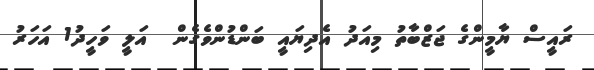
ރައީސް ޔާމީންގެ ޖަޒްބާތު މިއަދު އެދިޔައީ ބަންޑުންވެގެން  އަލީ ވަހީދު1 އަހަރު